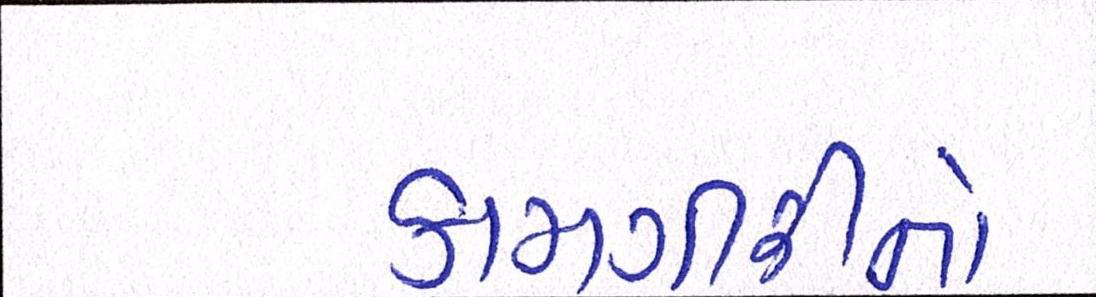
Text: કામગીરીનો